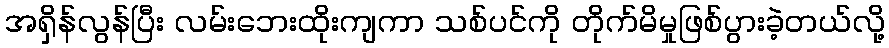
အရှိန်လွန်ပြီး လမ်းဘေးထိုးကျကာ သစ်ပင်ကို တိုက်မိမှုဖြစ်ပွားခဲ့တယ်လို့